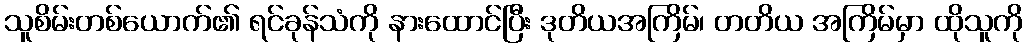
သူစိမ်းတစ်ယောက်၏ ရင်ခုန်သံကို နားထောင်ပြီး ဒုတိယအကြိမ်၊ တတိယ အကြိမ်မှာ ထိုသူကို